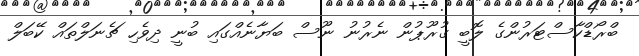
ބްރޯޑްކާސްޓަރުންގެ ލޮބީ ގުރޫޕުން ނެރުނު ނޫސް ބަޔާނެއްގައި ބުނީ ދިވެހި ޗެނަލްތައް ކޭބަލް